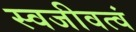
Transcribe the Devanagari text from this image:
स्वजीवत्वं